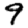
Digit: 9